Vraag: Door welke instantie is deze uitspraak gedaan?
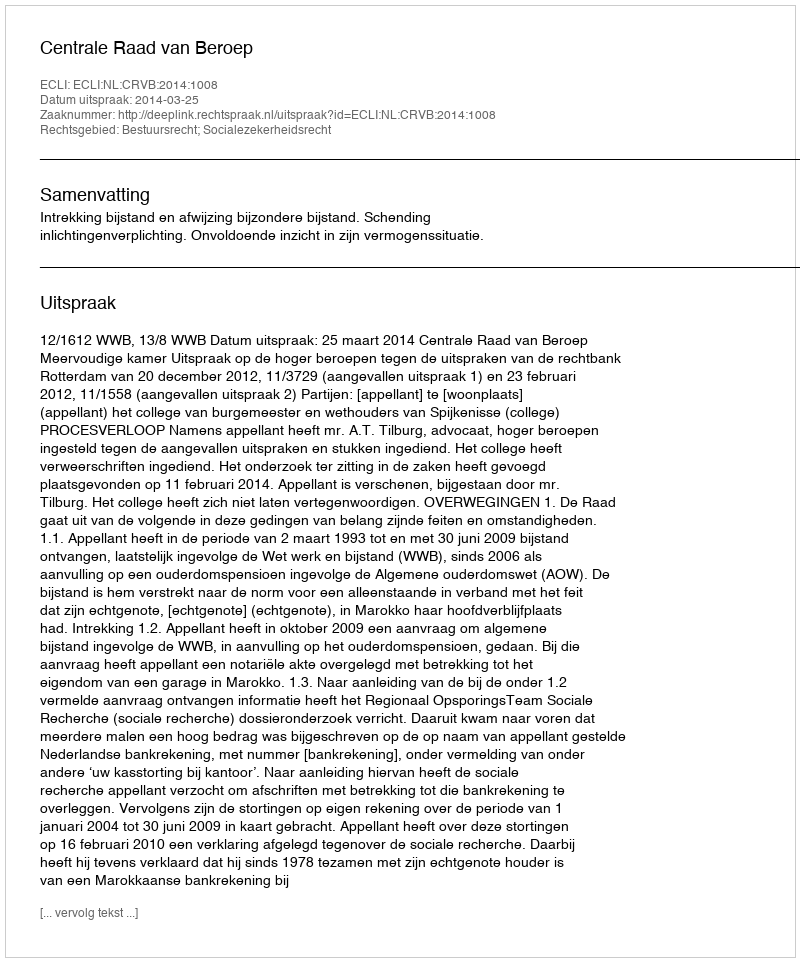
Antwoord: Centrale Raad van Beroep